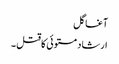
آغا گل
ارشاد مستوئی کا قتل ۔